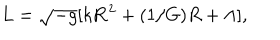
L = \sqrt { - g } [ k { \bf R } ^ { 2 } + ( 1 / G ) R + \Lambda ] ,